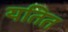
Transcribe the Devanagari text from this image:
यतित